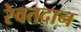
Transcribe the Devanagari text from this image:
रेवतदान